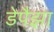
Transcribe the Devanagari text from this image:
डेपैझा